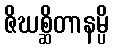
ဇိဃစ္ဆိတာနမ္ပိ